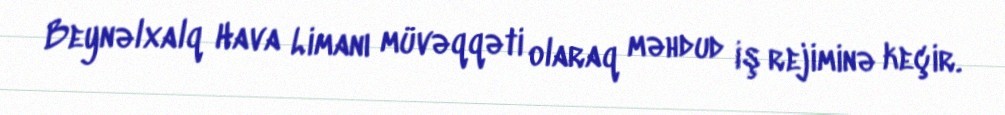
Beynəlxalq Hava Limanı müvəqqəti olaraq məhdud iş rejiminə keçir.